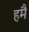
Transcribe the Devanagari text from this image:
हमैं